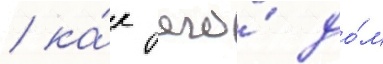
/ ка́к его́ до́м